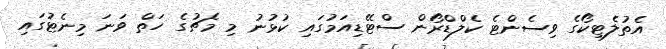
އެތުލެޓިކޯގެ ވިސެންޓެ ކެލްޑްރޯން ސްޓޭޑިއަމުގައި ކުޅުނު މި މެޗުގެ ހަތް ވަނަ މިނެޓުގައި